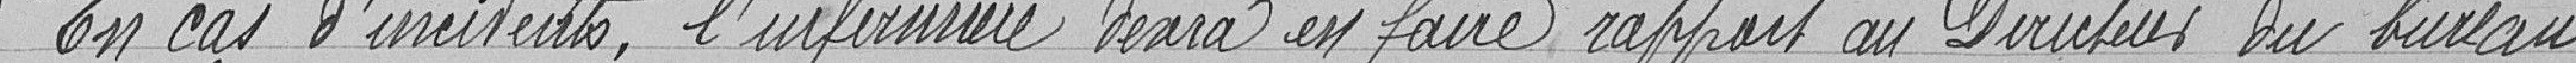
En cas d'incidents, l'infirmière devra en faire rapport au Directeur du bureau